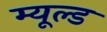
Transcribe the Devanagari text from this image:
म्यूल्ड